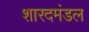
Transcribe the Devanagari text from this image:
शारदमंडल